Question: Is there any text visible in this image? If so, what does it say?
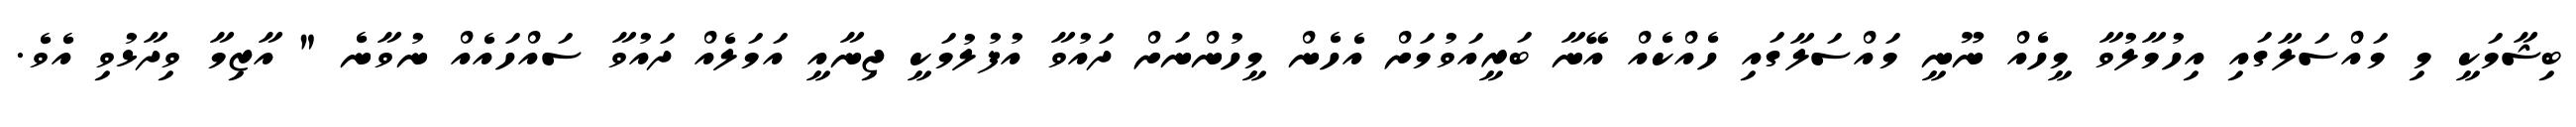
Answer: ބިޝާމަކީ މި މައްސަލާގައި އިހުމާލުވާ މީހެއް ނޫނީ މައްސަލާގައި ހެއްކެއް އޭނާ ބަރީއަވުމަށް އެހެން މީހުންނަށް ދައުވާ އުފުލުމަކީ ޖިނާއީ އަމަލެއް ދައުވާ ސައްހައެއް ނުވާނެ " އާޒިމާ ވިދާޅުވި އެވެ.